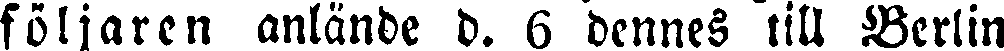
följaren anlände d. 6 dennes till Berlin